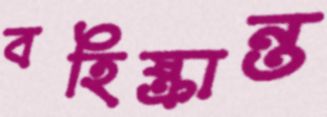
বহিষ্ক্রান্ত